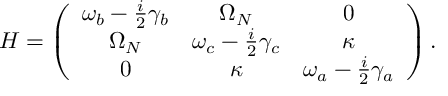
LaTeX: { \cal H } = \left( \begin{array} { c c c } { { \omega _ { b } - \frac { i } { 2 } \gamma _ { b } } } & { { \Omega _ { N } } } & { { 0 } } \\ { { \Omega _ { N } } } & { { \omega _ { c } - \frac { i } { 2 } \gamma _ { c } } } & { { \kappa } } \\ { { 0 } } & { { \kappa } } & { { \omega _ { a } - \frac { i } { 2 } \gamma _ { a } } } \end{array} \right) .